Report on vaccination in the Province of Bengal - 1874-1889
Year: 1874
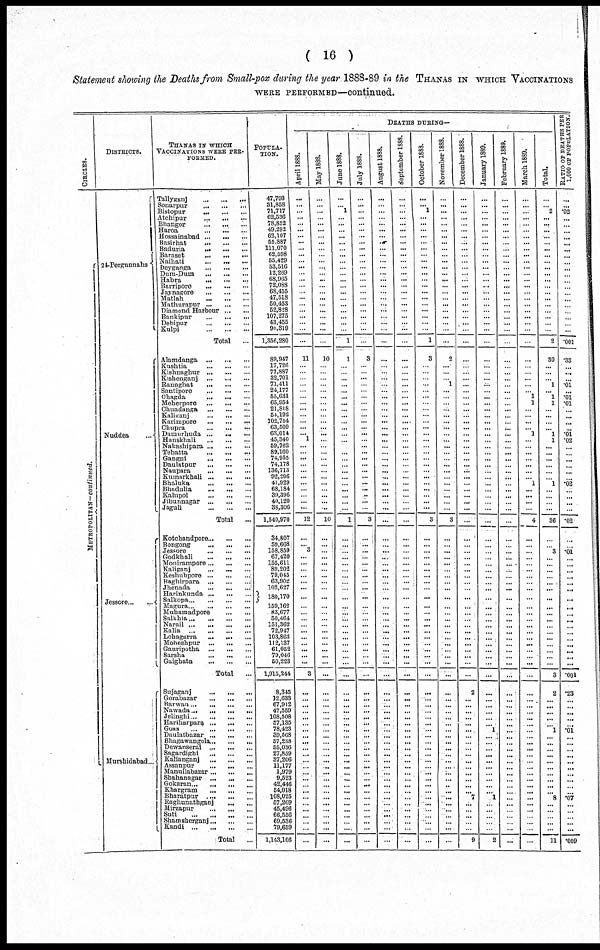
( 16 )
Statement showing the Deaths from Small-pox during the year 1888-89 in the THANAS IN WHICH VACCINATIONS
WERE PERFORMED—continued.
CIRCLES.
METROPOLITAN—continued.
DISTRICTS.
24-Pergunnahs
Nuddea
...
Jessore...
Murshidabad...
THANAS IN WHICH
VACCINATIONS WERE PER-
FORMED.
Tallyganj
...
...
...
Sonarpur
...
...
...
Bistopur
...
...
...
Atchipur
...
...
...
Bhangor
...
...
...
Haroa
...
...
...
Hossainabad ... ... ...
Basirhat
...
...
...
Baduria ... ... ...
Baraset
...
...
...
Naihati
...
...
...
Deyganga
...
...
...
Dum-Dum
...
...
...
Habra ... ... ...
Barripore
...
...
...
Jaynagore
...
...
...
Matlah ... ... ...
Mathurapur ... ... ...
Diamond Harbour ... ...
Bankipur
...
...
...
Debipur ... ... ...
Kulpi
...
...
...
Total ...
Alamdanga
...
...
...
Kushtia
...
...
...
Kishnaghur
...
...
...
Kishenganj
...
...
...
Ranaghat
...
...
...
Santipore
...
...
...
Chagda
...
...
...
Meherpore
...
...
...
Chuadanga
...
...
...
Kaliganj
...
...
...
Karimpore
...
...
...
Chupra
...
...
...
Damurhuda ... ... ...
Hanskhali
...
...
...
Nakashipara ... ... ...
Tebatta
...
...
...
Gangni
...
...
...
Daulatpur
...
...
...
Naupara
...
...
...
Kumarkhali ... ... ...
Bhaluka
...
...
...
Bhadulia ... ... ...
Kalupol
...
...
...
Jibunnagar
...
...
...
Jaguli
...
...
...
Total ...
Kotchandpore ... ... ...
Bongong
...
...
...
Jessore
...
...
...
Godkhali
...
...
...
Monirampore ... ... ...
Kaliganj
...
...
...
Keshubpore ... ... ...
Baghirpara
...
...
...
Jhenada
...
...
...
Harinkunda ... ... ...
Salkopa
...
...
...
Magura
...
...
...
Muhamadpore ... ... ...
Salkhia
...
...
...
Narail
...
...
...
Kalia...
...
...
Lohagarra
...
...
...
Moheshpur
...
...
...
Gauripotha
...
...
...
Sarsha ... ... ...
Gaighata
...
...
...
Total ...
Sujaganj
...
...
...
Gorabazar
...
...
...
Barwan
...
...
...
Nawada
...
...
...
Jelinghi
...
...
...
Hariharpara ... ... ...
Goas
...
...
...
Daulatbazar ... ... ...
Bhagawangola ... ... ...
Dewanserai
...
...
...
Sagardighi
...
...
...
Kalianganj
...
...
...
Assanpur
...
...
...
Manullabazar ... ... ...
Shahanagar
...
...
...
Gokaran
...
...
...
Khargram
...
...
...
Bharatpur
...
...
...
Raghunatbganj ... ...
Mirzapur ... ... ...
Suti
...
...
...
Shamsherganj ... ... ...
Kandi
...
...
...
Total
...
POPULA-
TION.
47,793
31,858
71,717
62,536
78,852
49,292
62,107
55,887
111,070
62,598
55,429
53,516
12,269
68,965
72,088
68,455
47,518
50,453
52,828
107,275
43,455
90,319
1,356,280
89,947
17,726
77,887
32,701
71,411
24,177
55,631
65,954
21,818
54,192
102,754
63,509
63,014
45,340
59,762
89,160
74,955
74,178
136,713
92,206
41,929
68,184
39,396
40,120
38,306
1,540,970
34,807
59,668
158,859
67,420
155,611
89,202
79,045
63,902
102,627
180,170
159,162
83,677
50,464
151,362
72,947
103,863
112,137
61,052
79,046
50,223
1,915,244
8,345
12,633
67,912
47,559
108,508
57,135
78,423
39,568
57,238
55,036
27,859
37,206
11,177
1,979
9,523
42,446
54,018
108,025
57,269
45,496
66,556
69,536
79,659
1,143,106
DEATHS DURING—
April 1888.
...
...
...
...
...
...
...
...
...
...
...
...
...
... ...
...
... ...
...
...
...
...
...
11
...
...
...
...
...
...
...
...
...
...
...
... 1
...
...
...
...
...
...
...
...
...
...
...
12
...
... 3
...
...
...
...
...
...
...
...
...
...
...
...
...
...
...
...
...
...
3
...
...
...
...
...
...
...
...
...
...
...
...
... ...
... ...
...
...
..
...
...
...
...
...
May 1888.
...
...
...
...
...
...
...
...
...
...
...
...
...
...
...
...
... ...
...
...
...
...
...
10
...
...
...
...
...
...
...
...
...
...
...
...
...
...
...
...
...
...
...
...
...
...
...
...
10
...
...
...
...
...
...
...
...
...
...
...
...
...
...
...
...
...
...
...
...
...
...
...
...
...
...
...
...
...
...
...
... ...
...
...
...
...
... ...
...
...
...
...
...
...
...
June 1888.
...
... 1
...
...
...
...
...
...
...
...
...
...
... ...
...
... ...
...
...
...
...
1
1
...
...
...
...
...
...
...
...
...
...
...
...
...
...
...
...
...
...
...
...
...
...
...
...
1
...
...
...
...
...
...
...
...
...
...
...
...
...
...
...
...
...
...
...
...
...
...
...
...
...
...
...
...
...
...
...
...
...
...
... ...
...
...
...
...
...
...
...
...
...
...
July 1888.
...
...
...
...
...
...
...
...
...
...
...
...
...
... ...
...
... ...
...
...
...
...
...
3
...
...
...
...
...
...
...
...
...
...
...
...
...
...
...
...
...
...
...
...
...
...
...
...
3
...
...
...
...
...
...
...
...
...
...
...
...
...
...
...
...
...
...
...
...
...
...
...
...
...
...
...
...
...
...
...
...
...
...
...
...
...
...
...
...
...
...
...
...
...
...
August 1888.
...
...
...
...
...
...
...
...
...
...
...
...
...
... ...
...
... ...
...
...
...
...
...
...
...
...
...
...
...
...
...
...
...
...
...
...
...
...
...
...
...
...
...
...
...
...
...
...
...
...
...
...
...
...
...
...
...
...
...
...
...
...
...
...
...
...
...
...
...
...
...
...
...
...
...
...
...
...
...
...
...
...
...
...
...
...
...
...
...
...
...
...
...
...
...
September 1888.
...
...
...
...
...
...
...
...
...
...
...
...
...
... ...
...
... ...
...
...
...
...
...
...
...
...
...
...
...
...
...
...
...
...
...
...
...
...
...
...
...
...
...
...
...
...
...
...
...
...
...
...
...
...
...
...
...
...
...
...
...
...
...
...
...
...
...
...
...
...
...
...
...
...
...
...
...
...
...
...
...
...
...
...
...
...
...
...
...
...
...
...
...
...
...
October 1888.
...
... 1
...
...
...
...
...
...
...
...
...
...
... ...
...
... ...
...
...
...
...
1
3
...
...
...
...
...
...
...
...
...
...
...
...
...
...
...
...
...
...
...
...
...
...
...
...
3
...
...
...
...
...
...
...
...
...
...
...
...
...
...
...
...
...
...
...
...
...
...
...
...
...
...
...
...
...
...
...
...
...
...
...
...
...
...
...
...
...
...
...
...
...
...
November 1888.
...
...
...
...
...
...
...
...
...
...
...
...
...
... ...
...
... ...
...
...
...
...
...
2
...
...
... 1
...
...
...
...
...
...
...
...
...
...
...
...
...
...
...
...
...
...
...
...
3
...
...
...
...
...
...
...
...
...
...
...
...
...
...
...
...
...
...
...
...
...
...
...
...
...
...
...
...
...
...
...
...
...
...
...
...
...
...
...
...
...
...
...
...
...
...
December 1888.
...
...
...
...
...
...
...
...
...
...
...
...
...
... ...
...
... ...
...
...
...
...
...
...
...
...
...
...
...
...
...
...
...
...
...
...
...
...
...
...
...
...
...
...
...
...
...
...
...
...
...
...
...
...
...
...
...
...
...
...
...
...
...
...
...
...
...
...
...
...
...
2
...
...
...
...
...
...
...
...
...
...
...
...
...
...
...
... 7
...
...
...
...
...
9
January 1889.
...
...
...
...
...
...
...
...
...
...
...
...
...
... ...
...
... ...
...
...
...
...
...
...
...
...
...
...
...
...
...
...
...
...
...
...
...
...
...
...
...
...
...
...
...
...
...
...
...
...
...
...
...
...
...
...
...
...
...
...
...
...
...
...
...
...
...
...
...
...
...
...
...
...
...
...
... 1
...
...
...
...
...
...
...
...
...
... 1
...
...
...
...
...
2
February 1889.
...
...
...
...
...
...
...
...
...
...
...
...
...
... ...
...
... ...
...
...
...
...
...
...
...
...
...
...
...
...
...
...
...
...
...
...
...
...
...
...
...
...
...
...
...
...
...
...
...
...
...
...
...
...
...
...
...
...
...
...
...
...
...
...
...
...
...
...
...
...
...
...
...
...
...
...
...
...
...
...
...
...
...
...
...
...
...
...
...
...
...
...
...
...
...
March 1889.
...
...
...
...
...
...
...
...
...
...
...
...
...
... ...
...
... ...
...
...
...
...
...
...
...
...
...
...
... 1
1
...
...
...
... 1
...
...
...
...
...
...
... 1
...
...
...
...
4
...
...
...
...
...
...
...
...
...
...
...
...
...
...
...
...
...
...
...
...
...
...
...
...
...
...
...
...
...
...
...
...
...
...
...
...
...
...
...
...
...
...
...
...
...
...
Total.
...
... 2
...
...
...
...
...
...
...
...
...
...
...
...
...
... ...
...
...
...
...
2
30
...
...
... 1
... 1
1
...
...
...
... 1
1
...
...
...
...
...
... 1
...
...
...
...
36
...
... 3
...
...
...
...
...
...
...
...
...
...
...
...
...
...
...
...
...
...
3
2
...
...
...
...
... 1
...
...
...
...
...
...
...
...
...
... 8
...
...
...
...
...
11
RATIO OF DEATHS PER
1,000 OF POPULATION.
...
...
.02
...
...
...
...
...
...
...
...
...
...
... ...
...
... ...
...
...
...
...
.001
.33
...
...
...
.01
...
.01
.01
...
...
...
...
.01
.02
...
...
...
...
...
...
.02
...
...
...
...
.02
...
...
.01
...
...
...
...
...
...
...
...
...
...
...
...
...
...
...
...
...
...
.001
.23
...
...
...
...
...
.01
...
...
...
...
...
...
...
...
...
...
.07
...
...
...
...
...
.009